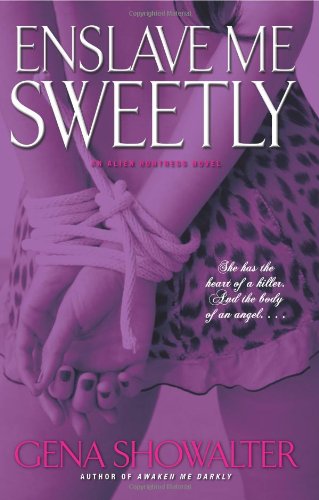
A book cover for Enslave Me Sweetly (Alien Huntress, Book 2); Gena Showalter; Romance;